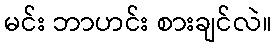
မင်း ဘာဟင်း စားချင်လဲ။